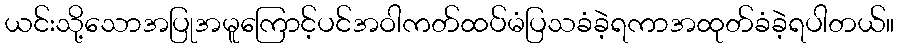
ယင်းသို့သောအပြုအမူကြောင့်ပင်အဝါကတ်ထပ်မံပြသခံခဲ့ရကာအထုတ်ခံခဲ့ရပါတယ်။